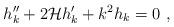
LaTeX: \begin{align*}h_k^{\prime\prime} + 2{\cal H}h_k'+k^2h_k =0 \ ,\end{align*}